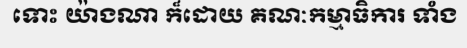
ទោះ យ៉ាងណា ក៏ដោយ គណៈកម្មាធិការ ទាំង